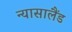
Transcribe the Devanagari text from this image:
न्यासालैंड